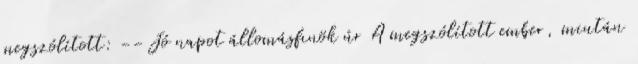
megszólított: --Jó napot állomásfınök úr A megszólított ember, miután